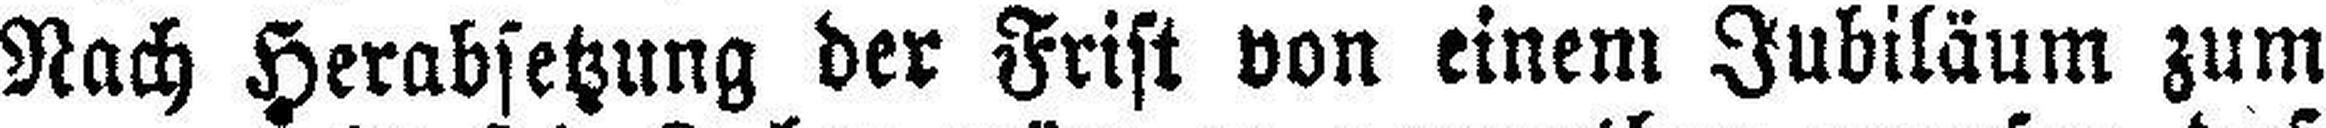
Nach Herabsetzung der Frist von einem Jubiläum zum